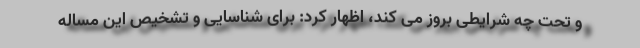
و تحت چه شرایطی بروز می کند، اظهار کرد: برای شناسایی و تشخیص این مساله